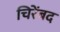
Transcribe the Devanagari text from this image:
चिरेंबद